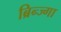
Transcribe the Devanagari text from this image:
ब्रिन्ज्गा